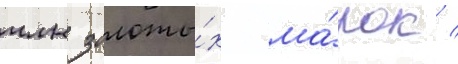
млн золоты́х ма́рок /